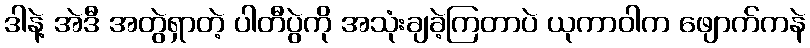
ဒါနဲ့ အဲဒီ အတွဲရှာတဲ့ ပါတီပွဲကို အသုံးချခဲ့ကြတာပဲ ယုကာဝါက ဖျောက်ကနဲ